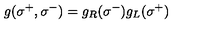
g ( \sigma ^ { + } , \sigma ^ { - } ) = g _ { R } ( \sigma ^ { - } ) g _ { L } ( \sigma ^ { + } )